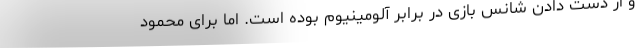
و از دست دادن شانس بازی در برابر آلومینیوم بوده است. اما برای محمود